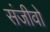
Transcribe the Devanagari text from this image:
संजीवो